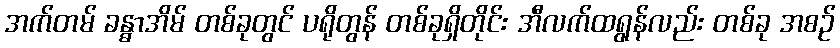
အက်တမ် ခန္ဓာအိမ် တစ်ခုတွင် ပရိုတွန် တစ်ခုရှိတိုင်း အီလက်ထရွန်လည်း တစ်ခု အစဉ်